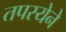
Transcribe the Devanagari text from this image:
तपस्येने